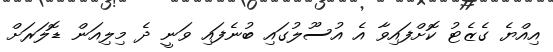
އިއްޔެ ގެޒެޓު ކޮށްފައިވާ އެ އުސޫލުގައި ބުނެފައި ވަނީ ދެ މިލިއަން ޑޮލަރަށް